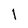
Character: I